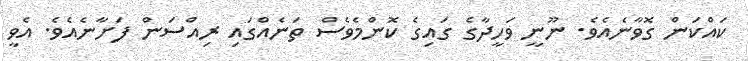
ކައްކަން ގޮވާނެއެވެ. ނޫނީ ވަހީދާގެ ގައިގެ ކޮންމެވެސް ތަނެއްގައި ރިިިއްސަން ފަށާނެއެވެ. އެވީ